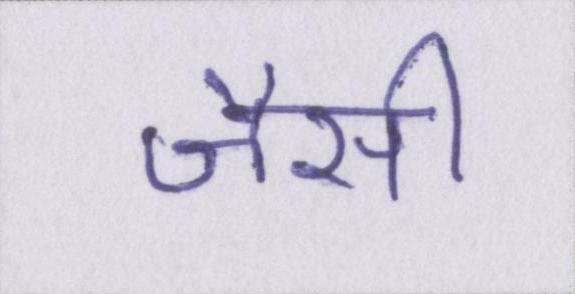
जैसी